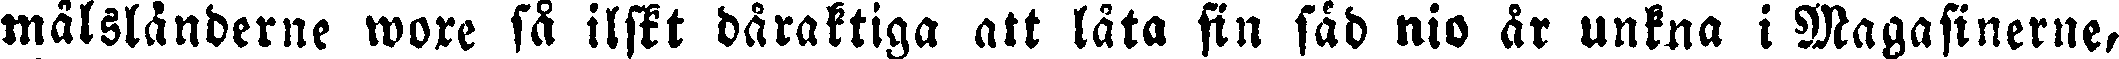
målsländerne wore så ilskt dåraktiga att låta sin säd nio år unkna i Magasinerne,